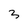
Character: 3